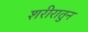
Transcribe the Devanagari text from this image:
शरीरातुन